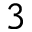
3